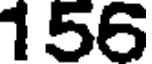
156